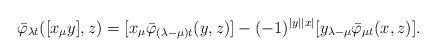
LaTeX: \begin{align*}\bar{\varphi}_{\lambda t}([x_\mu y] , z)= [ x_\mu {\bar{\varphi}_{(\lambda-\mu )t}(y, z)}]-(-1)^{|y||x|}[y_{\lambda-\mu }{\bar{\varphi}_{\mu t}(x, z)}].\end{align*}